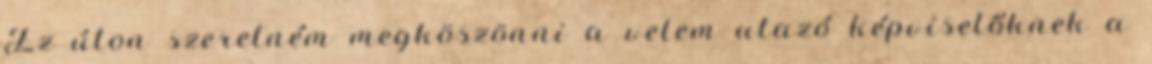
Ez úton szeretném megköszönni a velem utazó képviselőknek a